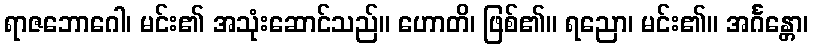
ရာဇဘောဂေါ၊ မင်း၏ အသုံးဆောင်သည်။ ဟောတိ၊ ဖြစ်၏။ ရညော၊ မင်း၏။ အင်္ဂန္တော၊